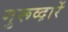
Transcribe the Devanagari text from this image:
गुरूव्‍द़ारें